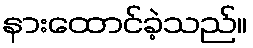
နားထောင်ခဲ့သည်။